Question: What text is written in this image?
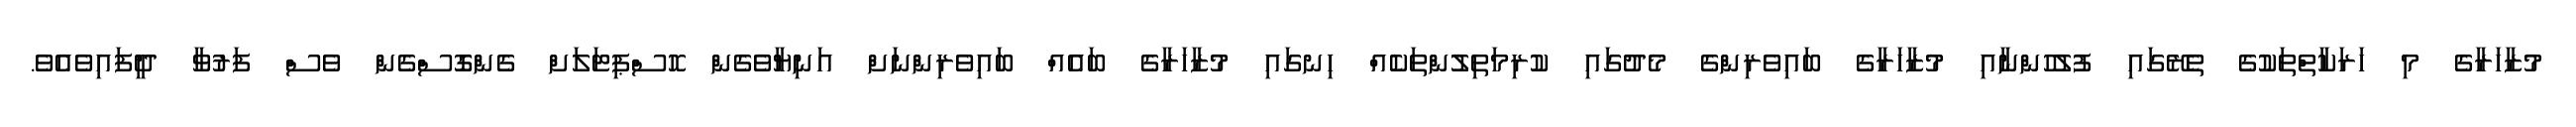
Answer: މުޒާހަރާގެ މި ހަރަކާތްތަކުގެ ތެރޭގައި ފުލުހުންނާއި މުޒާހަރާގެ ބައިވެރިންގެ މެދުގައި ކުރިމަތިލުންތަކެއް ހިނގައި މުޒާހަރާގެ ބައެއް ބައިވެރިންނަށް އަނިޔާވެގެން ހޮސްޕިޓަލަށް ގެންގޮސްގެން ވެސް ފަރުވާ ދީފައިވެއެވެ.